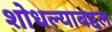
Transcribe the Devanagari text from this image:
शोधल्याबद्दल